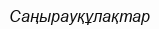
Саңырауқұлақтар